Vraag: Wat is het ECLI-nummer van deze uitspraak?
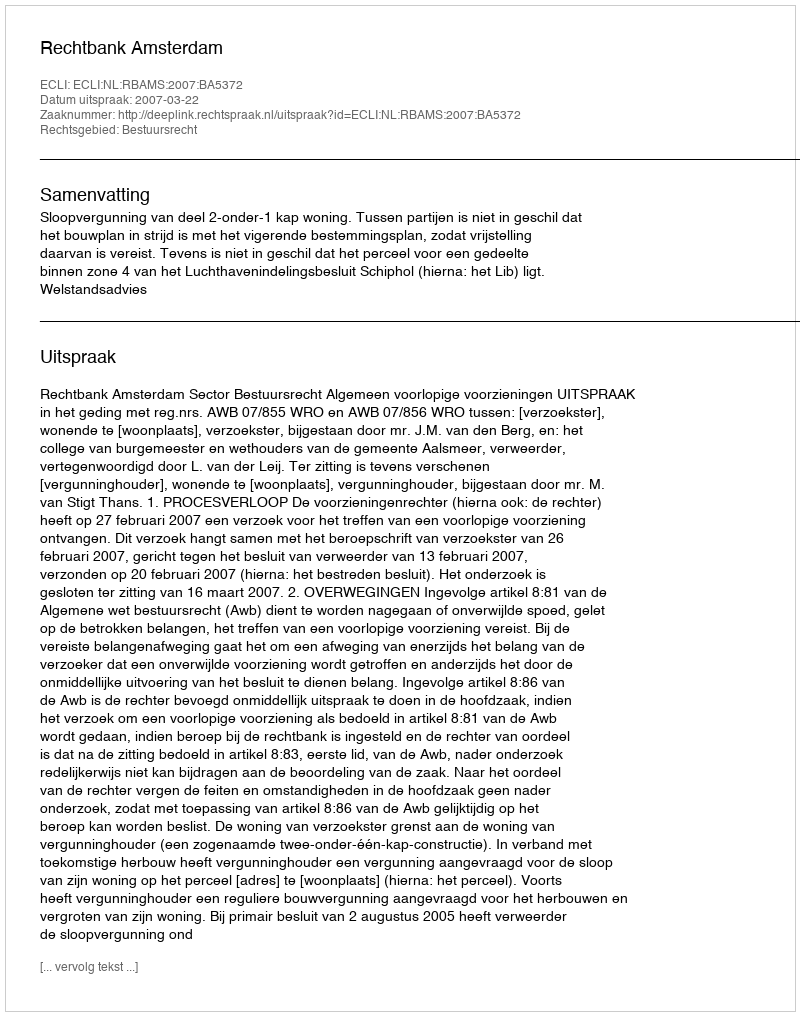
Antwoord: ECLI:NL:RBAMS:2007:BA5372